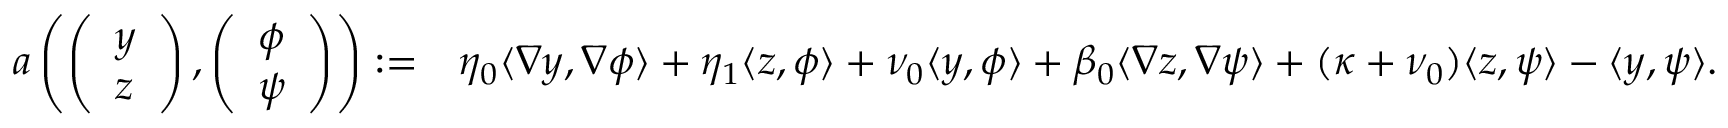
\begin{array} { r l } { a \left( \left( \begin{array} { l } { y } \\ { z } \end{array} \right) , \left( \begin{array} { l } { \phi } \\ { \psi } \end{array} \right) \right) : = } & { \eta _ { 0 } \langle \nabla y , \nabla \phi \rangle + \eta _ { 1 } \langle z , \phi \rangle + \nu _ { 0 } \langle y , \phi \rangle + \beta _ { 0 } \langle \nabla z , \nabla \psi \rangle + ( \kappa + \nu _ { 0 } ) \langle z , \psi \rangle - \langle y , \psi \rangle . } \end{array}